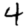
Digit: 4